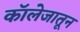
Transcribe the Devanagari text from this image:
काॅलेजातून